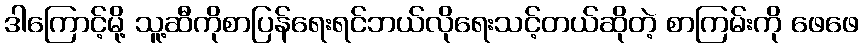
ဒါကြောင့်မို့ သူ့ဆီကိုစာပြန်ရေးရင်ဘယ်လိုရေးသင့်တယ်ဆိုတဲ့ စာကြမ်းကို ဖေဖေ